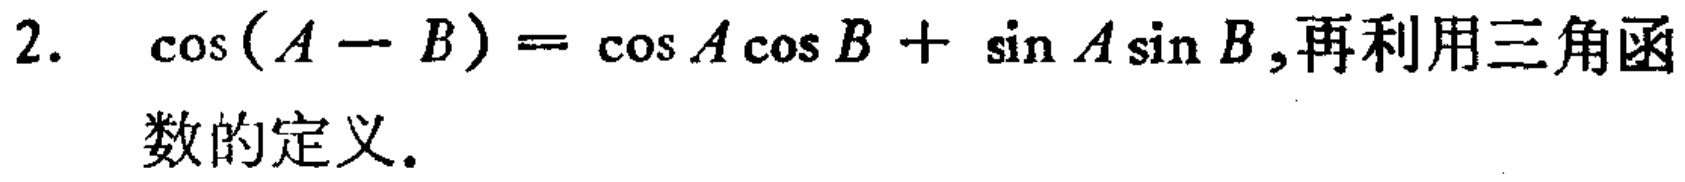
2. $\cos(A - B)=\cos A\cos B+\sin A\sin B$,再利用三角函数的定义.